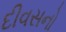
દીવસનો